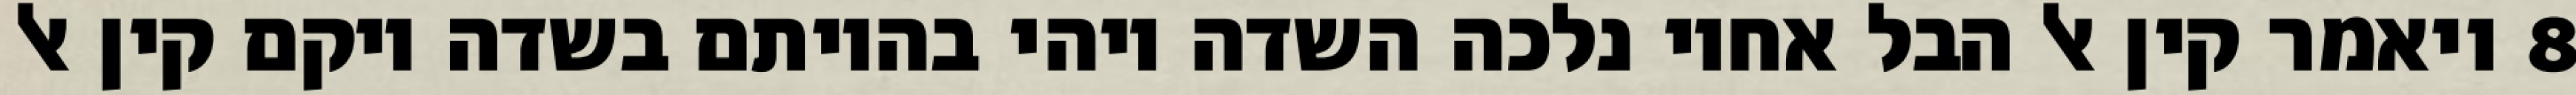
‎8‏ ויאמר קין אל הבל אחיו נלכה השדה ויהי בהיותם בשדה ויקם קין אל